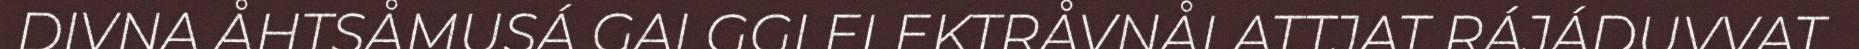
DIVNA ÅHTSÅMUSÁ GALGGI ELEKTRÅVNÅLATTJAT RÁJÁDUVVAT